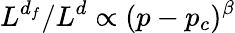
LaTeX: L^{d_{f}}/L^{d}\propto(p-p_{c})^{\beta}